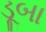
ડૂબા